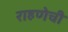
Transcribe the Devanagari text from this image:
राहणेची